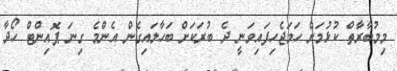
މިމުބާރާތް ކުޅުމަށް ހަމަޖެހިފައިވަނީ ދެ ބުރަކަށް ބަހާލައިގެން އެންމެ ގިނަ ޕޮއިންޓް ހޯދާ